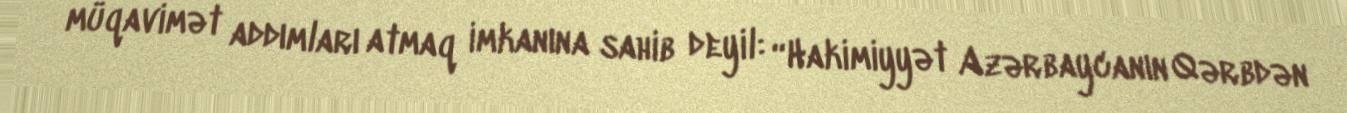
müqavimət addımları atmaq imkanına sahib deyil: “Hakimiyyət Azərbaycanın Qərbdən